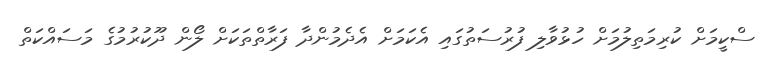
ސްކީމަށް ކުރިމަތިލުމަށް ހުޅުވާލި ފުރުސަތުގައި އެކަމަށް އެދެމުންދާ ފަރާތްތަކަށް ލޯން ދޫކުރުމުގެ މަސައްކަތް